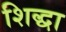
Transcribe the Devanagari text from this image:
शिद्धा